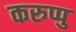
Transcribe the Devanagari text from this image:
करुप्पु